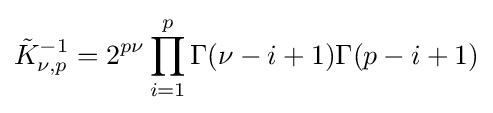
{\tilde {K}}_{\nu ,p}^{-1}=2^{p\nu }\prod _{i=1}^{p}\Gamma (\nu -i+1)\Gamma (p-i+1)